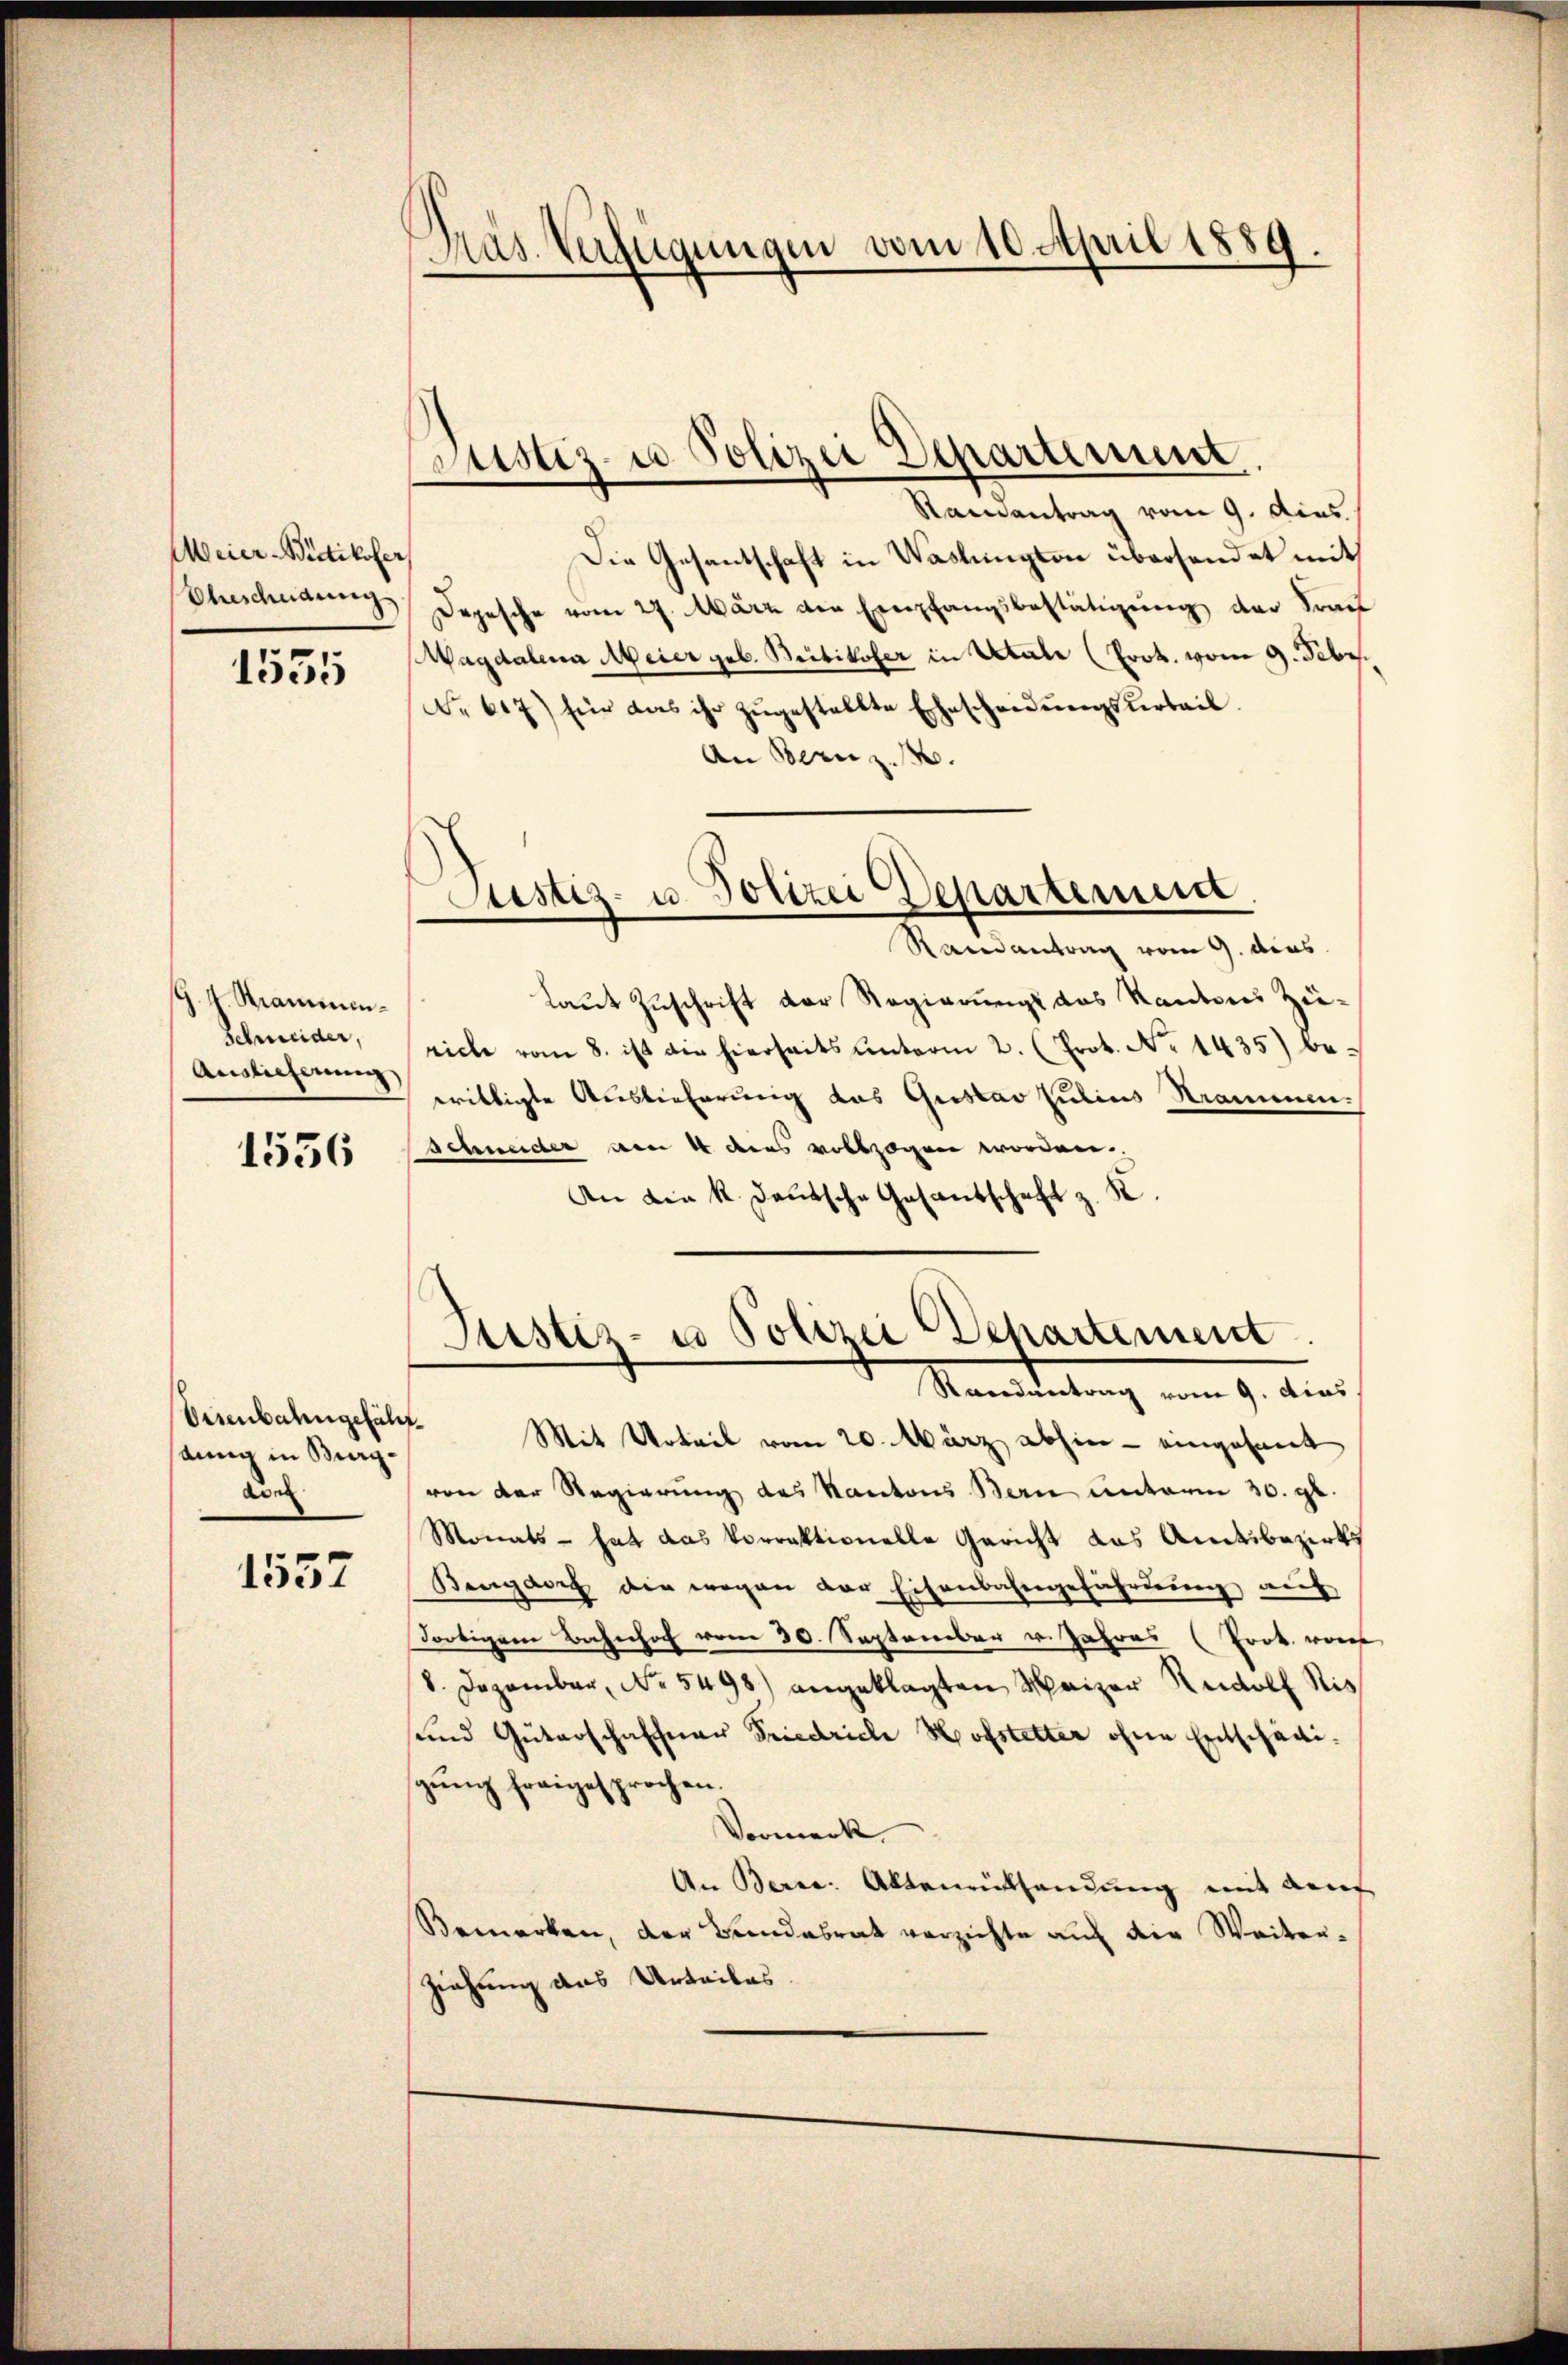
Meier-Bietikofer
Ehescheidung

1535

G. 4 Stammen.
Schmeider,
Auslieferung

1556

stung in Bergaden

1557

Pras Verfügungen vom 10. April 1889.

Samantrag vom 9. dies
Die Gesantschaft in Washington übersendet mit
Depesche vom 27. März die Empfangsbestätigŭng der Frau
Magdalena Meier geb. Britikofer in Uetale (Prok. vom 9. Febr.
No 67) für das ihr zŭgestellte Ehescheidŭngsŭertail
An Bern z. 130.
Justiz- u. Polizei Departement.
Raneantrag vom 9. dies
laut Zuschrift der Regierungs das Kantons Züriche vom 8. ist die hierseits unterm 2. (Prot. No 1435) bewrittigte Auslieferung das Gustav Julius Strammen.
Schneider am 4 dies vollzogen worden.
An die k. Deutsche Gesantschaft z. K.

Brustiz- u Polizei Departement.

Justiz- u Polizei Departement.

Manstaltung am 9. Aus
Beienbahngefällt. Mit Urteil vom 20. März abhin - eingesant
von der Regierung des Kantons Bern unterm 30. gl.
Monats - hat das Vorraktionelle Gericht das Amtsbezirks
Bengart die wegen der Eisenbahngefährdung auf
dortigem Bahnhof vom 30. September v. Jahres (Prok. von
8. Dezember, No. 5498) angeklagten Meizer Rudolf Ris
und Güterschaffner Friedriche Hofstetter ohne Entschädigung freigesprochen.
Vormerk
An Bern: Altenrükhandung mit auf
Bemerken, der Bundesrat verzichte auf die Weiten-
Ziehung des Urteiles.